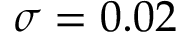
\sigma = 0 . 0 2